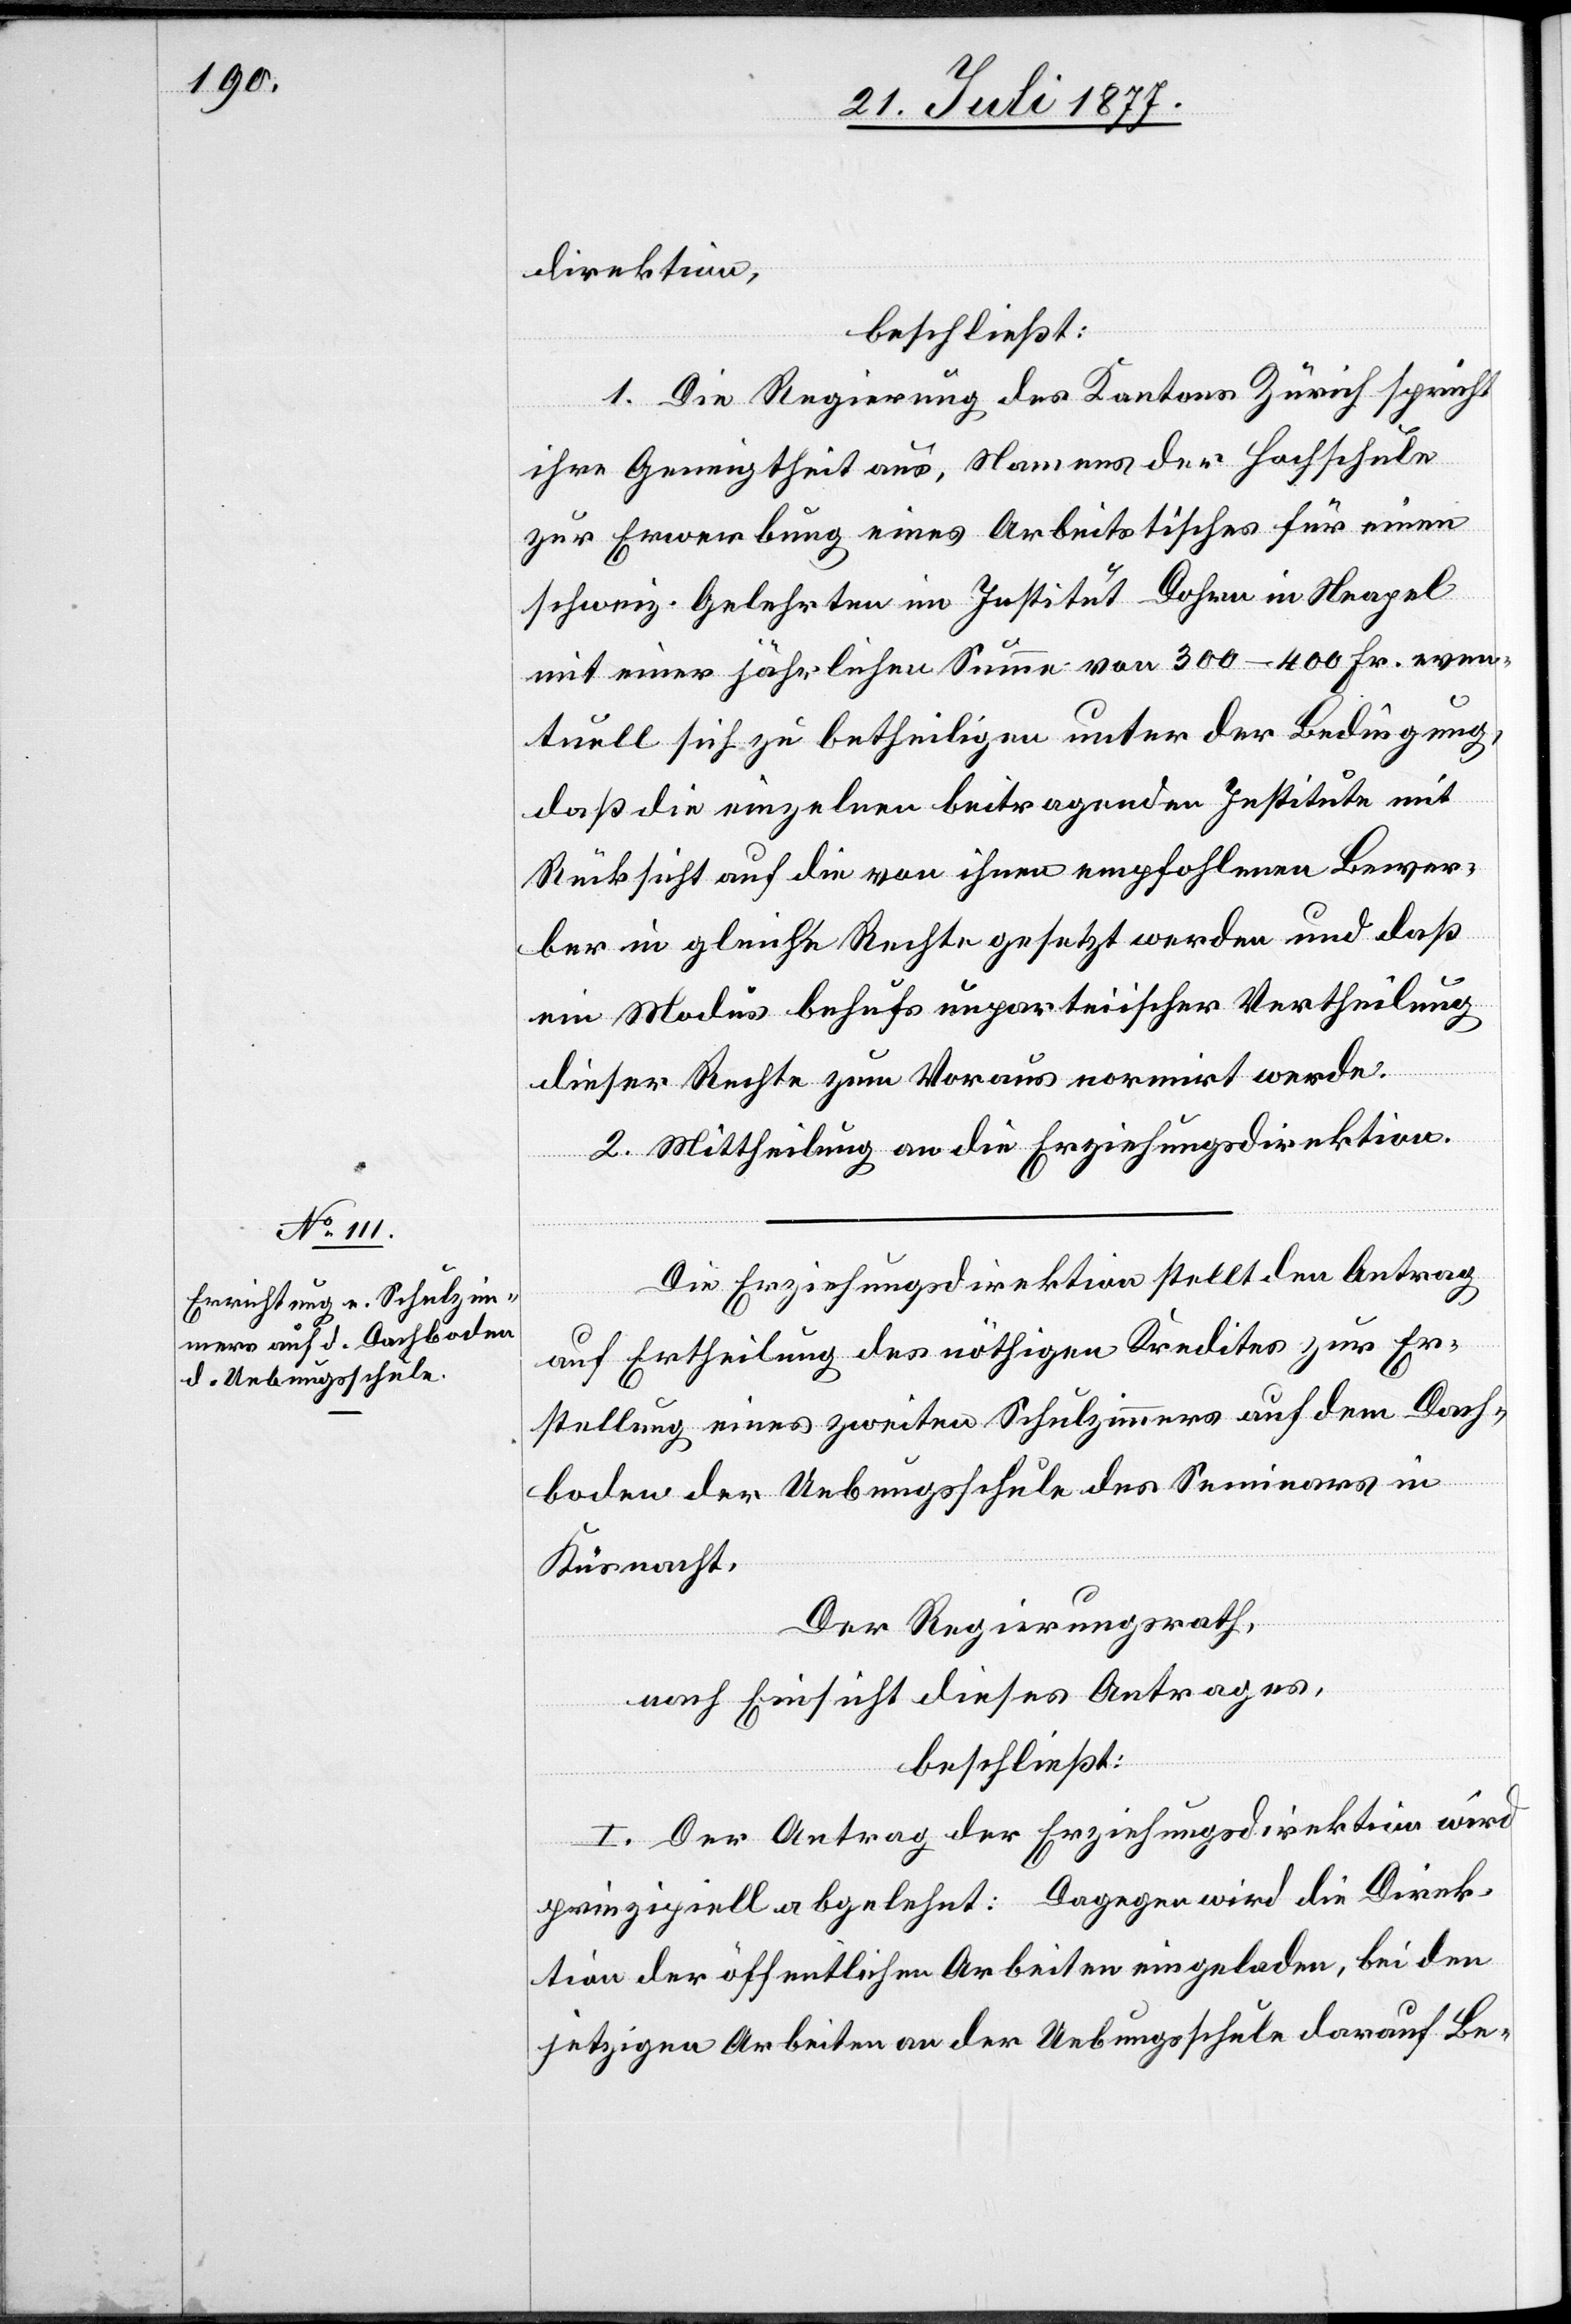
direktion,
beschließt:
1. Die Regierung des Kantons Zürich spricht
ihre Geneigtheit aus, Namens der Hochschule
zur Erwerbung eines Arbeitstisches für einen
schweiz. Gelehrten im Institut Dohrn in Neapel
mit einer jährlichen Summe von 300–400 Fr. even¬
tuell sich zu betheiligen unter der Bedingung,
daß die einzelnen beitragenden Institute mit
Rücksicht auf die von ihnen empfohlenen Bewer¬
ber in gleiche Rechte gesetzt werden und daß
ein Modus behufs unparteiischer Vertheilung
dieser Rechte zum Voraus normirt werde.
2. Mittheilung an die Erziehungsdirektion.
Die Erziehungsdirektion stellt den Antrag
auf Ertheilung des nöthigen Kredites zur Er¬
stellung eines zweiten Schulzimmers auf dem Dach¬
boden der Uebungsschule des Seminars in
Küsnacht.
Der Regierungsrath,
nach Einsicht dieses Antrages,
beschließt:
I. Der Antrag der Erziehungsdirektion wird
prinzipiell abgelehnt: Dagegen wird die Direk¬
tion der öffentlichen Arbeiten eingeladen, bei den
jetzigen Arbeiten an der Uebungsschule darauf Be-